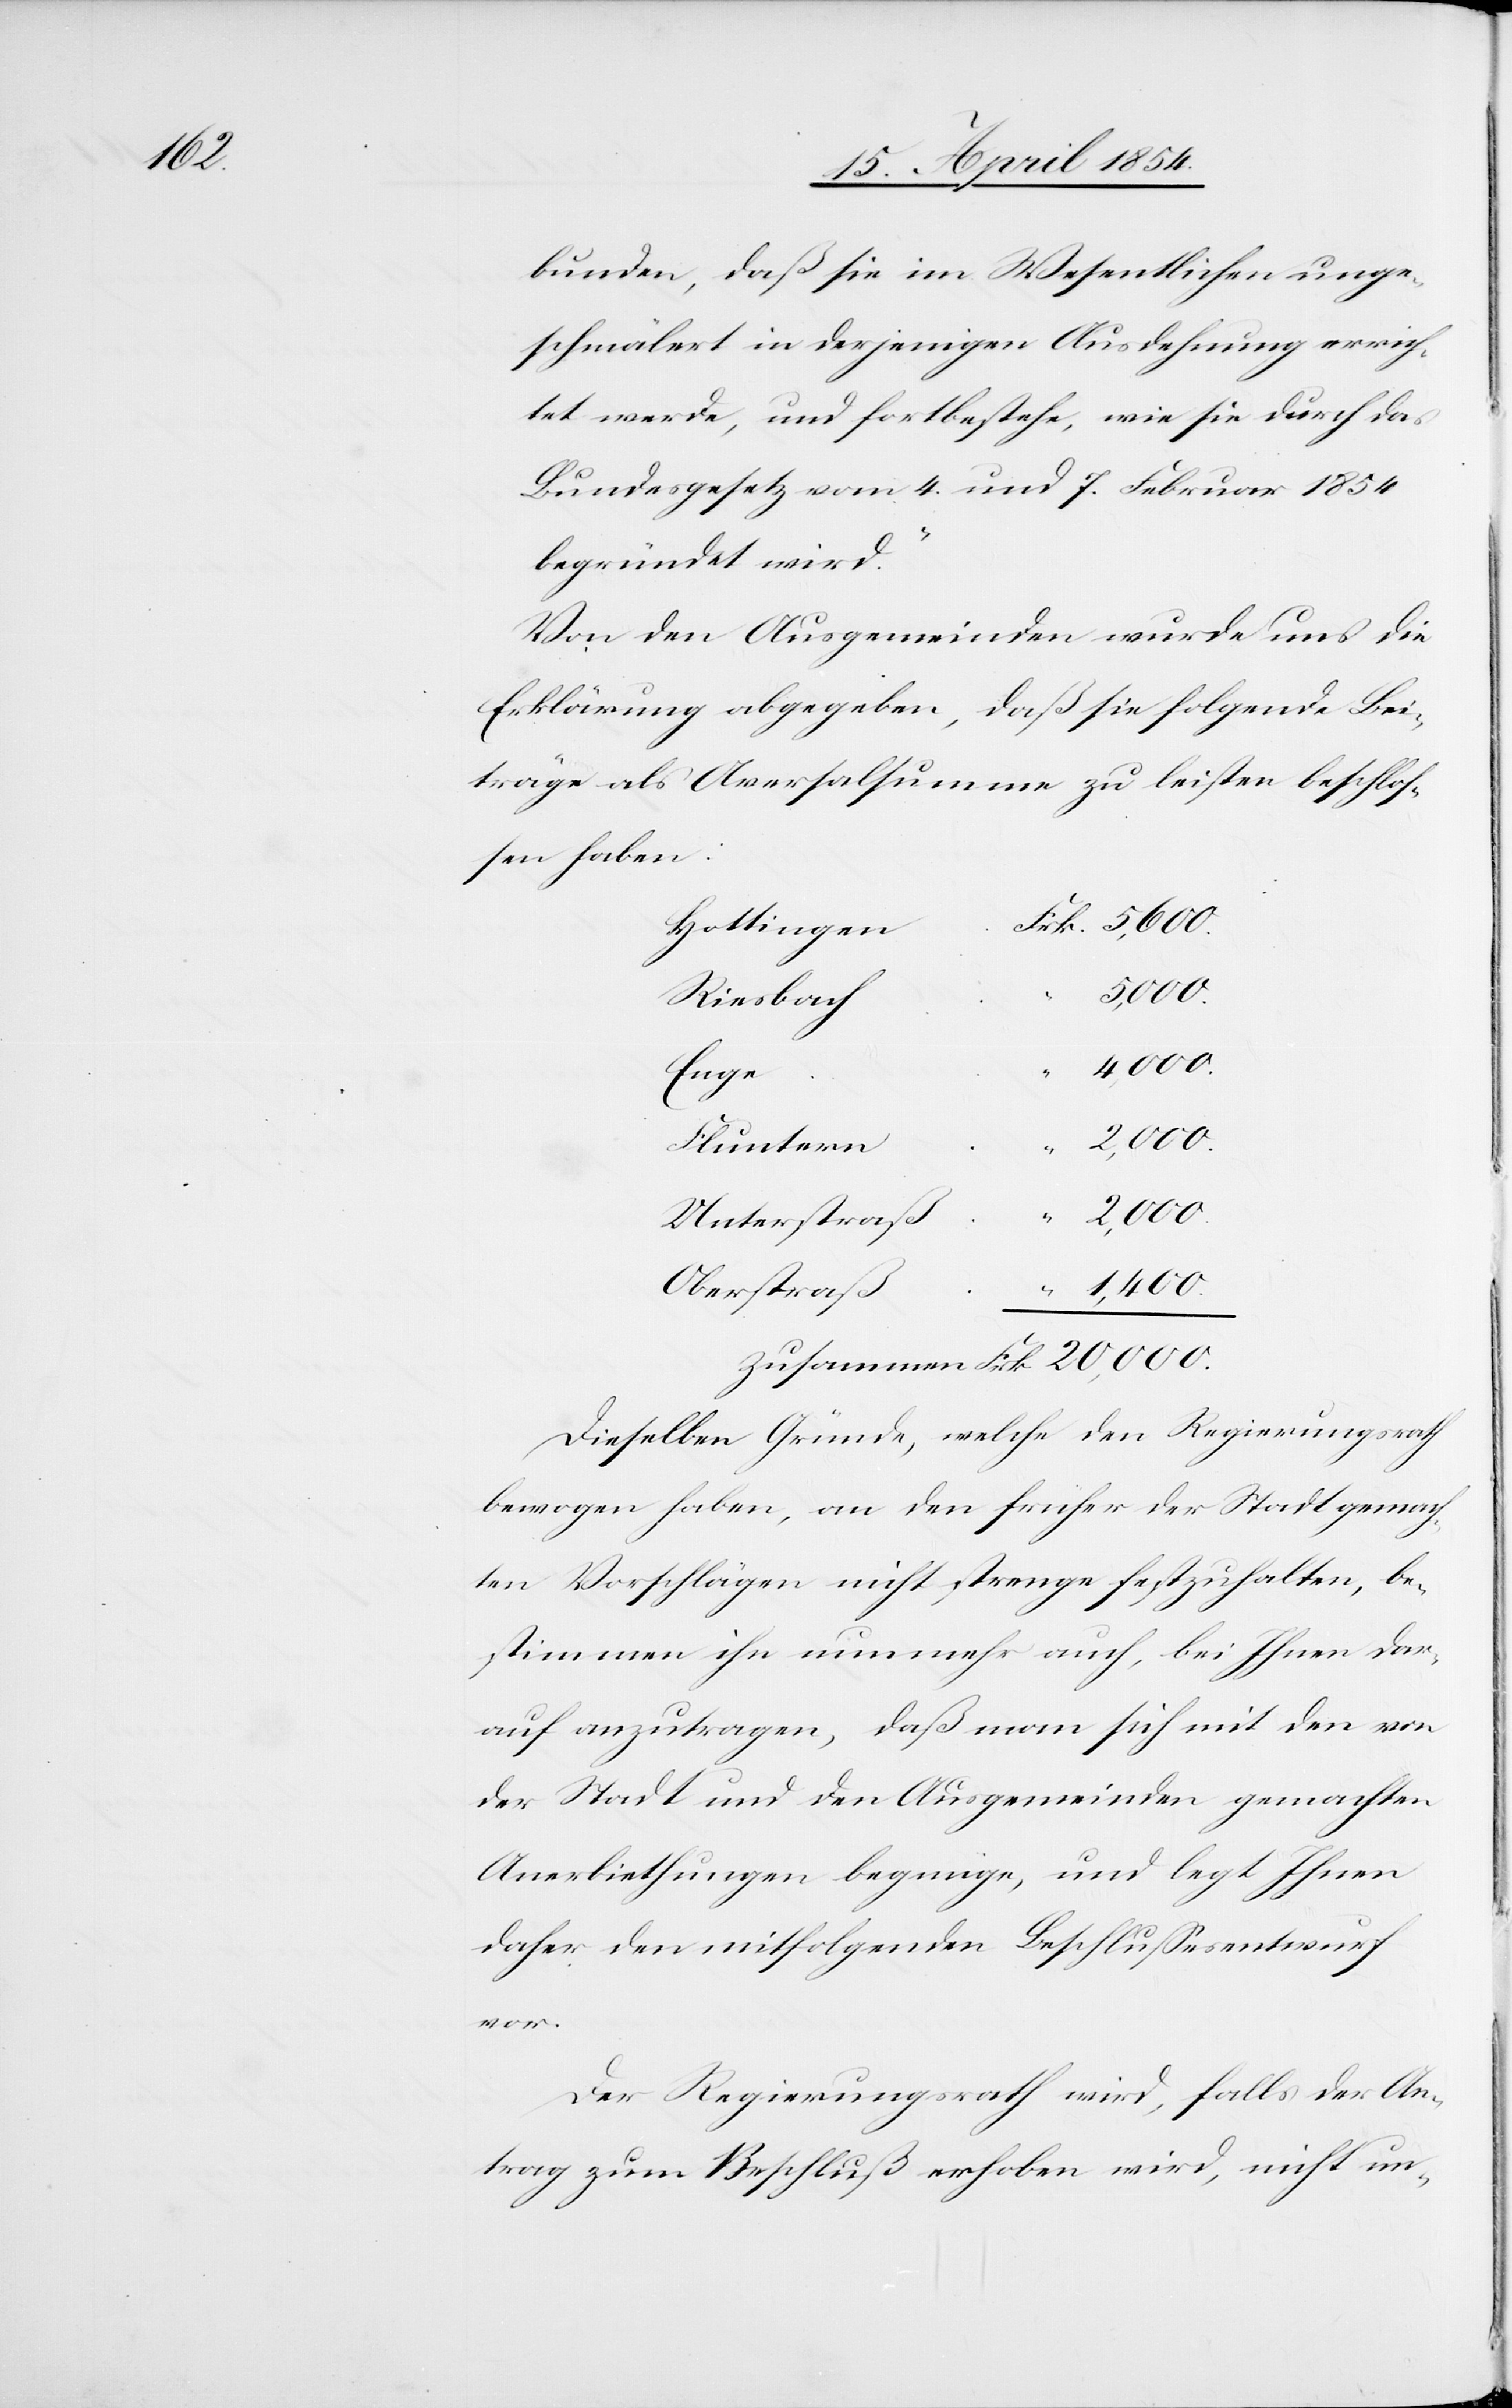
bunden, daß sie im Wesentlichen unge¬
schmälert in derjenigen Ausdehnung errich¬
tet werde, und fortbestehe, wie sie durch das
Bundesgesetz vom 4. und 6. Februar 1854
begründet wird.
Von den Ausgemeinden wurde uns die
Erklärung abgegeben, daß sie folgende Bei¬
träge als Aversalsumme zu leisten beschloß¬
en haben:
Hottingen
5,600.
Riesbach
4,000.
Enge
Fluntern
“
20,000.
Unterstraß
Oberstraß
1,400.
Dieselben Gründe, welche den Regierungsrath
bewogen haben, an den früher der Stadt gemach¬
ten Vorschlägen nicht strenge festzuhalten, be¬
stimmen ihn nunmehr auch, bei ihnen dar¬
auf anzutragen, daß man sich mit den von
der Stadt und den Ausgemeinden gemachten
Anerbiethungen begnüge, und legt Ihnen
daher den mitfolgenden Beschlußesentwurf
vor.
Der Regierungsrath wird, falls der An¬
trag zum Beschluß erhoben wird, nicht un-